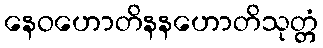
နေဝဟောတိနနဟောတိသုတ္တံ